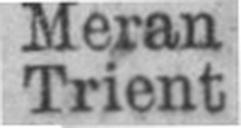
Trient